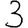
Digit: 3